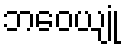
ဘဝေယျုံ